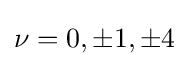
\nu =0,\pm {1},\pm {4}